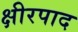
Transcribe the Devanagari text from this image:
क्षीरपाद